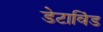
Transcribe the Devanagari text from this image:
डेटाविंड